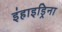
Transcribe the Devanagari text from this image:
इंहाइड्रिना